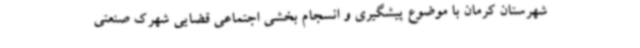
شهرستان کرمان با موضوع پیشگیری و انسجام بخشی اجتماعی قضایی شهرک صنعتی